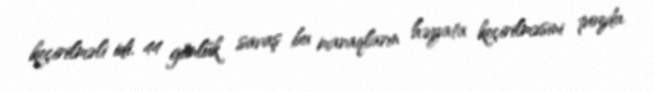
keçirilməli idi. 44 günlük savaş bu maraqların həyata keçirilməsini pozdu.